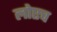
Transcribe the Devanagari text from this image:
लोएच